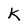
Character: K